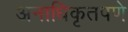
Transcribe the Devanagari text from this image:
अनाधिकृतपणे